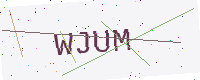
Text: WJUM